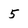
Character: 5